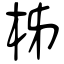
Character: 柹